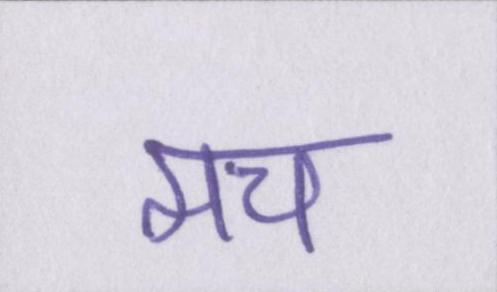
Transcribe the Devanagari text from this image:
मच